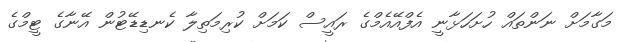
މަގާމަށް ނަންތައް ހުށަހަޅާނީ އެފްއޭއެމްގެ ރައީސް ކަމަށް ކުރިމަތިލާ ކެނޑިޑޭޓުން އޭނާގެ ޓީމްގެ